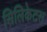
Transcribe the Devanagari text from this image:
सिलिकेटस